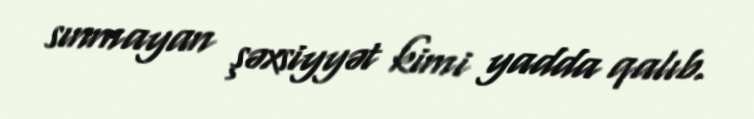
sınmayan şəxsiyyət kimi yadda qalıb.